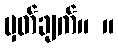
မှတ်ချက်။ ။